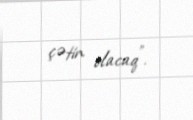
çətin olacaq”.